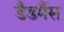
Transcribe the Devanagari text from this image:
डैडमैंस